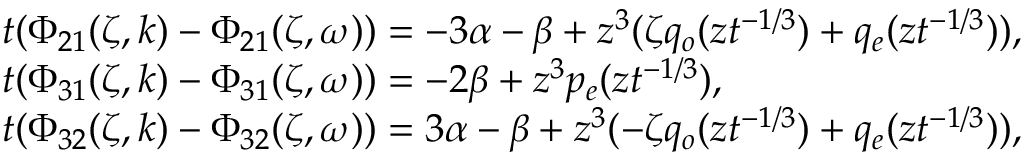
\begin{array} { r l } & { t ( \Phi _ { 2 1 } ( \zeta , k ) - \Phi _ { 2 1 } ( \zeta , \omega ) ) = - 3 \alpha - \beta + z ^ { 3 } ( \zeta q _ { o } ( z t ^ { - 1 / 3 } ) + q _ { e } ( z t ^ { - 1 / 3 } ) ) , } \\ & { t ( \Phi _ { 3 1 } ( \zeta , k ) - \Phi _ { 3 1 } ( \zeta , \omega ) ) = - 2 \beta + z ^ { 3 } p _ { e } ( z t ^ { - 1 / 3 } ) , } \\ & { t ( \Phi _ { 3 2 } ( \zeta , k ) - \Phi _ { 3 2 } ( \zeta , \omega ) ) = 3 \alpha - \beta + z ^ { 3 } ( - \zeta q _ { o } ( z t ^ { - 1 / 3 } ) + q _ { e } ( z t ^ { - 1 / 3 } ) ) , } \end{array}